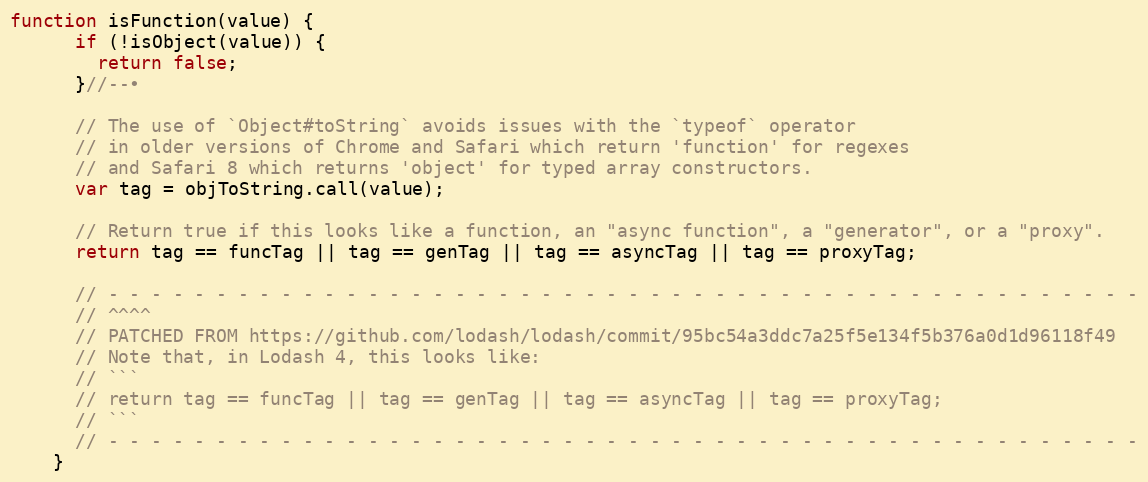
Language: JavaScript
function isFunction(value) {
      if (!isObject(value)) {
        return false;
      }//--•

      // The use of `Object#toString` avoids issues with the `typeof` operator
      // in older versions of Chrome and Safari which return 'function' for regexes
      // and Safari 8 which returns 'object' for typed array constructors.
      var tag = objToString.call(value);

      // Return true if this looks like a function, an "async function", a "generator", or a "proxy".
      return tag == funcTag || tag == genTag || tag == asyncTag || tag == proxyTag;

      // - - - - - - - - - - - - - - - - - - - - - - - - - - - - - - - - - - - - - - - - - - - - - - - -
      // ^^^^
      // PATCHED FROM https://github.com/lodash/lodash/commit/95bc54a3ddc7a25f5e134f5b376a0d1d96118f49
      // Note that, in Lodash 4, this looks like:
      // ```
      // return tag == funcTag || tag == genTag || tag == asyncTag || tag == proxyTag;
      // ```
      // - - - - - - - - - - - - - - - - - - - - - - - - - - - - - - - - - - - - - - - - - - - - - - - -
    }